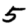
Digit: 5